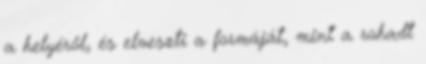
a helyéről, és elveszti a formáját, mint a rohadt